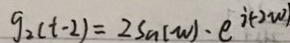
g _ { 2 } ( t - 2 ) = 2 S _ { n } ( w ) \cdot e ^ { i ( - 2 w ) }